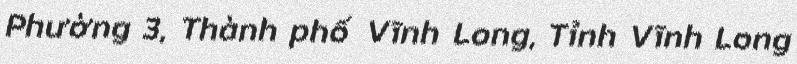
Phường 3, Thành phố Vĩnh Long, Tỉnh Vĩnh Long